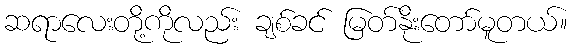
ဆရာလေးတို့ကိုလည်း ချစ်ခင် မြတ်နိုးတော်မူတယ်။